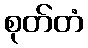
စုတ်တံ